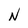
Character: N